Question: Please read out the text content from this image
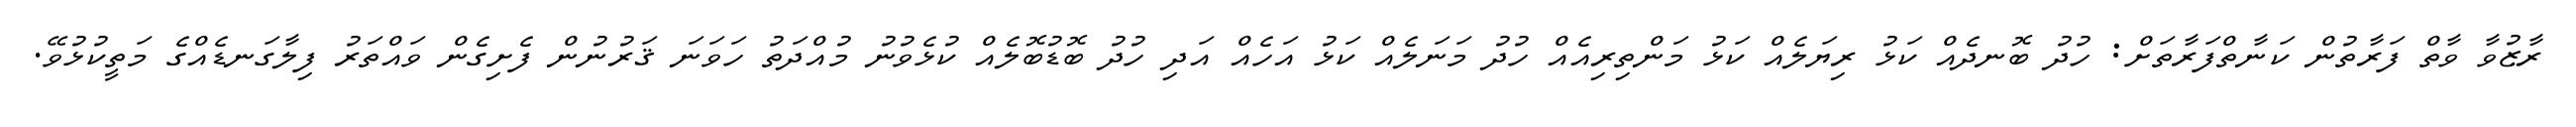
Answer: ރާޒުވާ ވާތް ފަރާތުން ކަނާތްފަރާތަށް: ހުދު ބޮނދެއް ކަޅު ރިޔަލެއް ކަޅު މަންތިރިއެއް ހުދު މަނަލެއް ކަޅު އަހެއް އަދި ހުދު ބޮޑުބޮލެއް ކުޅެވުނު މުއްދަތު ހަވަނަ ޤަރުނުން ފެށިގެން ވައްތަރު ފިލާގަނޑެއްގެ މަތީކުޅުވޭ.